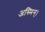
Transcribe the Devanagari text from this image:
अस्मिन्।